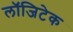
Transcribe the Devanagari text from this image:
लॉजिटेक